Report of the Indian Hemp Drugs Commission, 1894-1895 - Volume VII
Year: 1894
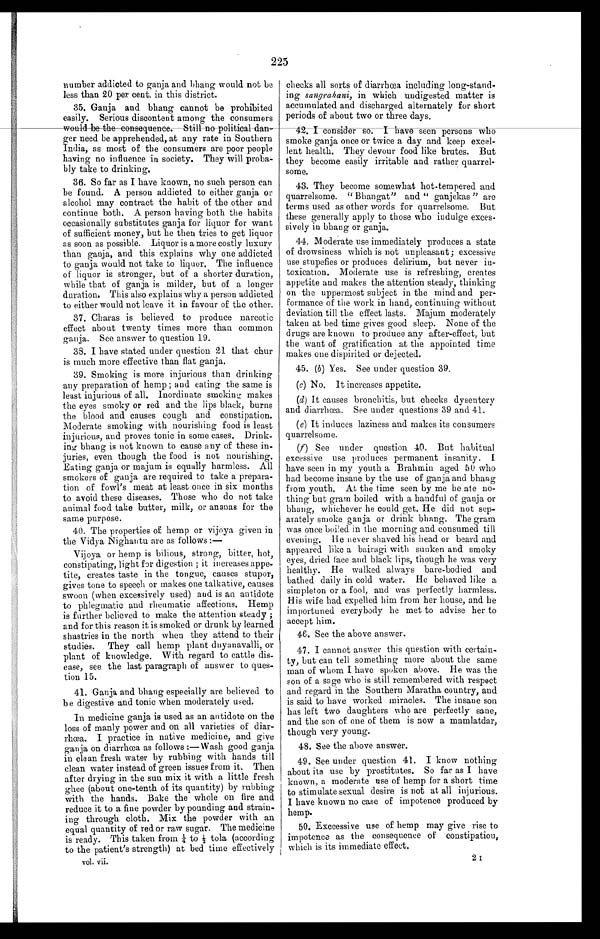
225
number addicted to ganja and bhang would not be
less than 20 per cent. in this district.
35. Ganja and bhang cannot be prohibited
easily. Serious discontent among the consumers
would be the consequence. Still no political dan-
ger need be apprehended, at any rate in Southern
India, as most of the consumers are poor people
having no influence in society. They will proba-
bly take to drinking.
36. So far as I have known, no such person can
be found. A person addicted to either ganja or
alcohol may contract the habit of the other and
continue both. A person having both the habits
occasionally substitutes ganja for liquor for want
of sufficient money, but he then tries to get liquor
as soon as possible. Liquor is a more costly luxury
than ganja, and this explains why one addicted
to ganja would not take to liquor. The influence
of liquor is stronger, but of a shorter duration,
while that of ganja is milder, but of a longer
duration. This also explains why a person addicted
to either would not leave it in favour of the other.
37. Charas is believed to produce narcotic
effect about twenty times more than common
ganja. See answer to question 19.
38. I have stated under question 21 that chur
is much more effective than flat ganja,
39. Smoking is more injurious than drinking
any preparation of hemp ; and eating the same is
least injurious of all. Inordinate smoking makes
the eyes smoky or red and the lips black, burns
the blood and causes cough and constipation.
Moderate smoking with nourishing food is least
injurious, and proves tonic in some cases. Drink-
ing is not known to cause any of these in-
juries, even though the food is not nourishing.
Eating ganja or majum is equally harmless. All
smokers of ganja are required to take a prepara-
tion of fowl's meat at least once in six months
to avoid these diseases. Those who do not take
animal food take butter, milk, or ananas for the
same purpose.
40. The properties of hemp or vijoya given in
the Vidya Nighantu are as follows :—
Vijoya or hemp is bilious, strong, bitter, hot,
constipating, light for digestion ; it increases appe-
tite, creates taste in the tongue, causes stupor,
gives tone to speech or makes one talkative, causes
swoon (when excessively used) and is an antidote
to phlegmatic and rheumatic affections. Hemp
is further believed to make the attention steady ;
and for this reason it is smoked or drunk by learned
shastries in the north when they attend to their
studies. They call hemp plant dnyanavalli, or
plant of knowledge. With regard to cattle dis-
ease, see the last paragraph of answer to ques-
tion 15.
41. Ganja and. bhang especially are believed to
be digestive and tonic when moderately used.
In medicine ganja is used as an antidote on the
loss of manly power and on all varieties of diar-
rhœa. I practice in native medicine, and give
ganja on diarrhœa as follows :—Wash good ganja
in clean fresh water by rubbing with hands till
clean water instead of green issues from it. Then
after drying in the sun mix it with a little fresh
ghee (about one-tenth of its quantity) by rubbing
with the hands. Bake the whole on fire and
reduce it to a fine powder by pounding and strain-
ing through cloth. Mix the powder with an
equal quantity of red or raw sugar. The medicine
is ready. This taken from ¼t o ½ t o l a ( a c c o r d i n g
to the patient's strength) at bed time effectively
vol. vii.
checks all sorts of diarrhœa including long-stand-
ing sangrabani, in which undigested matter is
accumulated and discharged alternately for short
periods of about two or three days.
42. I consider so. I have seen persons who smoke ganja once or twice a day and keep excel-
lent health. They devour food like brutes. But
they become easily irritable and rather quarrel-
some.
43. They become somewhat hot-tempered and
quarrelsome. " Bhangat" and " ganjekas " are
terms used as other words for quarrelsome. But
these generally apply to those who indulge exces-
sively in bhang or ganja.
4 4 . M o d e r a t e u s e i m m e d i a t e l y p r o d u c e s a s t a t e
of drowsiness which is not unpleasant ; excessive
use stupefies or produces delirium, but never in-
toxication. Moderate use is refreshing, creates
appetite and makes the attention steady, thinking
on the uppermost subject in the mind and per-
formance of the work in hand, continuing without
deviation till the effect lasts. Majum moderately
taken at bed time gives good sleep. None of the
drugs are known to produce any after-effect, but
the want of gratification at the appointed time
makes one dispirited or dejected.
45. (b) Yes. See under question 39.
(c) No. It increases appetite.
(d) It causes bronchitis, but checks dysentery
and diarrhœa. See under questions 39 and 41.
(e) It induces laziness and makes its consumers
quarrelsome.
(f) See under question 40. But habitual
excessive use produces permanent insanity. I
have seen in my youth a Brahmin aged 50 who
had become insane by the use of ganja and bhang
from youth. At the time seen by me he ate no-
thing but grain boiled with a handful of ganja or
bhang, whichever he could get. He did not sep-
arately smoke ganja or drink bhang. The gram
was once boiled in the morning and consumed till
evening. He never shaved his head or beard and
appeared like a bairagi with sunken and smoky
eyes, dried face and black lips, though lie was very
healthy. He walked always bare-bodied and
bathed daily in cold water. He behaved like a
simpleton or a fool, and was perfectly harmless.
His wife had expelled him from her house, and he
importuned everybody he met to advise her to
accept him.
46. See the above answer.
47. I cannot answer this question with certain-
ty, but can tell something more about the same
man of whom I have spoken above. He was the
son of a sage who is still remembered with respect
and regard in the Southern Maratha country, and
is said to have worked miracles. The insane son
has left two daughters who are perfectly sane,
and the son of one of them is now a mamlatdar,
though very young.
48. See the above answer.
49. See under question 41. I know nothing
about its use by prostitutes. So far as I have
known, a moderate use of hemp for a short time
to stimulate sexual desire is not at all injurious.
I have known no case of impotence produced by
hemp.
50. Exccessive use of hemp may give rise to
impotence as the consequence of constipation,
which is its immediate effect.
2 I